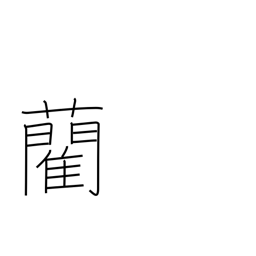
Meaning: rush, used for tatami covers